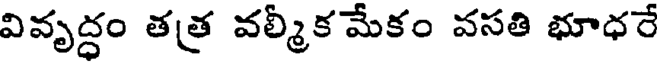
వివృద్ధం తత వల్మీక మేకం వసతి భూధరే